Reports on dispensaries and lunatic asylums in the Province of Oudh - 1869-1876
Year: 1869
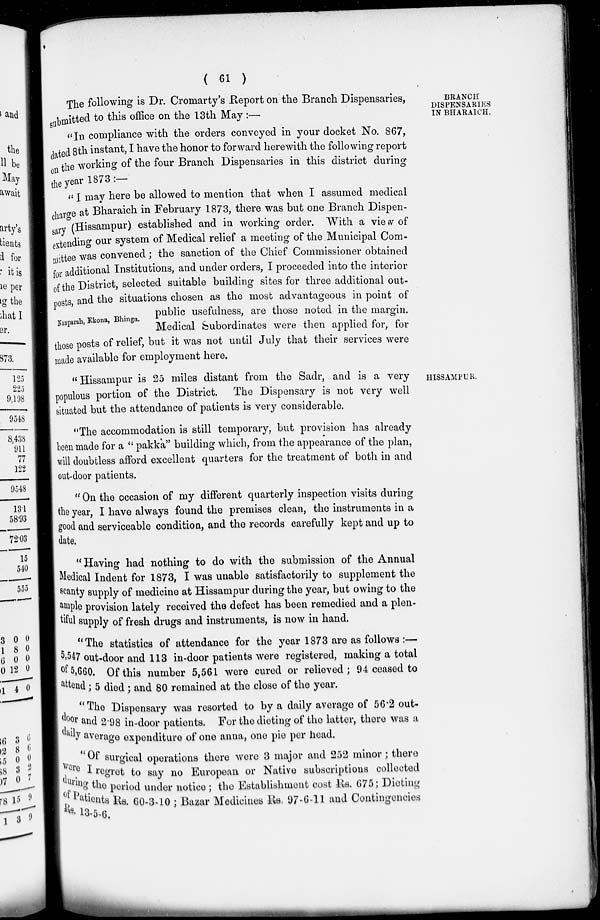
( 61 )
BRANCH
DISPENSARIES
IN BHARAICH.
The following is Dr. Cromarty's Report on the Branch Dispensaries,
submitted to this office on the 13 th May :—
'' In compliance with the orders conveyed in your docket No. 867,
dated 8th instant, I have the honor to forward herewith the following report
the working of the four Branch Dispensaries in this district during
the year 1873 :—
Nanparah, Ekona , Bhinga.
'' I may here be allowed to mention that when I assumed medical
charge at Bharaich in February 1873, there was but one Branch Dispen-
sary (Hissampur) established and in working order. With a view of
extending our system of Medical relief a meeting of the Municipal Com-
mittee was convened ; the sanction of the Chief Commissioner obtained
for additional Institutions, and under orders, I proceeded into the interior
of the District, selected suitable building sites for three additional out-
posts and the situations chosen as the most advantageous in point of
public usefulness, are those noted in the margin.
Medical Subordinates were then applied for, for
those posts of relief, but it was not until July that their services were
made available for employment here.
HISSAMPUR.
" Hissampur is 25 miles distant from the Sadr, and is a very
populous portion of the District. The Dispensary is not very well
situated but the attendance of patients is very considerable.
"The accommodation is still temporary, but provision has already
been made for a " pakka" building which, from the appearance of the plan,
will doubtless afford excellent quarters for the treatment of both in and
out-door patients.
" On the occasion of my different quarterly inspection visits during
the year, I have always found the premises clean, the instruments in a
good and serviceable condition, and the records carefully kept and up to
date.
" Having had nothing to do with the submission of the Annual
Medical Indent for 1873, I was unable satisfactorily to supplement the
scanty supply of medicine at Hissampur during the year, but owing to the
ample provision lately received the defect has been remedied and a plen-
tiful supply of fresh drugs and instruments, is now in hand.
"The statistics of attendance for the year 1873 are as follows :—
5,547 out-door and 113 in-door patients were registered, making a total
of 5,660. Of this number 5,561 were cured or relieved; 94 ceased to
attend; 5 died ; and 80 remained at the close of the year.
"The Dispensary was resorted to by a daily average of 56.2 out-
door and 2.98 in-door patients. For the dieting of the latter, there was a
daily average expenditure of one anna, one pie per head.
"Of surgical operations there were 3 major and 252 minor ; there
were I regret to say no European or Native subscriptions collected
during the period under notice ; the Establishment cost Rs. 675; Dieting
of Patients Rs. 60-3-10 ; Bazar Medicines Rs. 97-6-11 and Contingencies
Rs. 13-5-6.